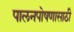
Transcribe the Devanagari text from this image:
पालनपोषणासाठी